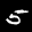
Label: 5